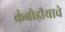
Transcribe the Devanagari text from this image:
कंबोडीयाचे